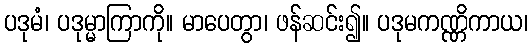
ပဒုမံ၊ ပဒုမ္မာကြာကို။ မာပေတွာ၊ ဖန်ဆင်း၍။ ပဒုမကဏ္ဏိကာယ၊